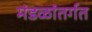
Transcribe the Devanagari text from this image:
मंडळांतर्गत